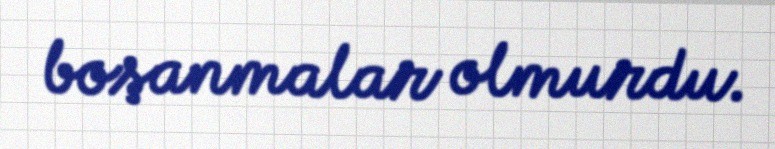
boşanmalar olmurdu.